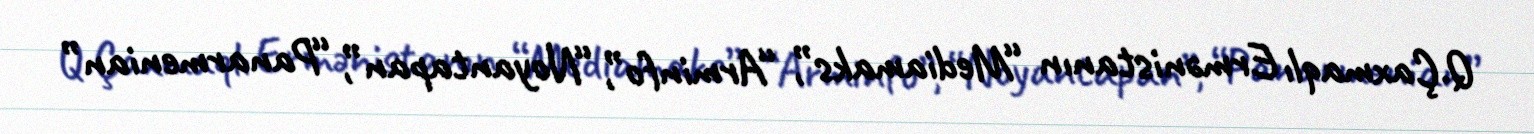
Q.Çaxmaqlı Ermənistanın “Mediamaks”, “Arminfo”, “Noyantapan”, “Panarmenian”